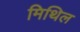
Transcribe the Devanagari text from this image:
मिथिल